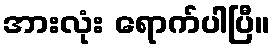
အားလုံး ရောက်ပါပြီ။